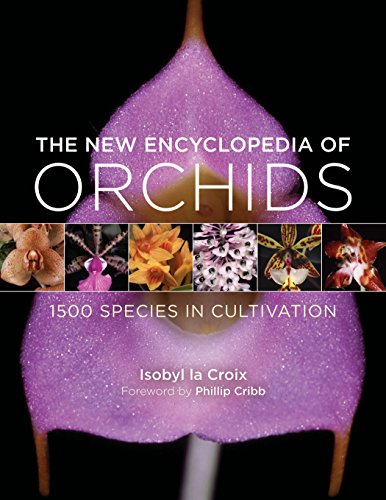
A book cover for The New Encyclopedia of Orchids: 1500 Species in Cultivation; Isobyl la Croix; Crafts, Hobbies & Home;